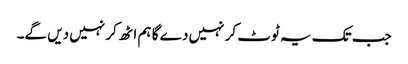
جب تک یہ ٹوٹ کر نہیں دے گا ہم اٹھ کر نہیں دیں گے۔